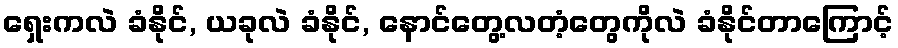
ရှေးကလဲ ခံနိုင်, ယခုလဲ ခံနိုင်, နောင်တွေ့လတံ့တွေကိုလဲ ခံနိုင်တာကြောင့်